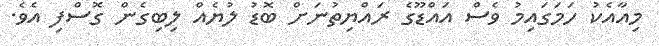
މިއާއެކު ހަމަގައިމު ވެސް އައްޑޫގެ ރައްޔިތުނަށް ބޮޑު ލުޔެއް ލިބިގެން ގޮސްފި އެވެ.